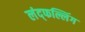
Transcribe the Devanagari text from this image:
लंद्फल्लिंग